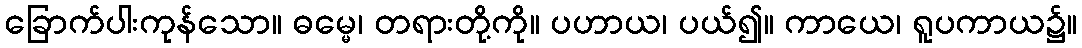
ခြောက်ပါးကုန်သော။ ဓမ္မေ၊ တရားတို့ကို။ ပဟာယ၊ ပယ်၍။ ကာယေ၊ ရူပကာယ၌။